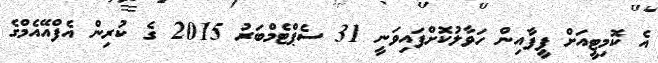
އެ ކޮމިޓީއަށް ފީފާއިން ހަވާލުކޮށްފައިވަނީ 31 ސެޕްޓެމްބަރު 2015 ގެ ކުރިން އެފްއޭއެމްގެ